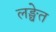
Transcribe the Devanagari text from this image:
लङ्घेत